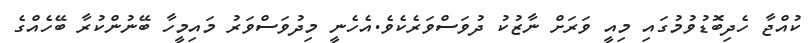
ކުއްޖާ ހެދިބޮޑުވުމުގައި މިއީ ވަރަށް ނާޒުކު ދުވަސްވަރެކެވެ.އެހެނީ މިދުވަސްވަރު މައިމީހާ ބޭނުންކުރާ ބޭހެއްގެ